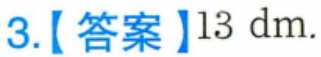
3.【答案】\(13\ \mathrm{dm}\).